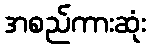
အစည်ကားဆုံး